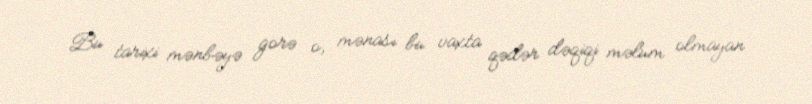
Bu tarixi mənbəyə görə o, mənası bu vaxta qədər dəqiqi məlum olmayan